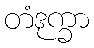
တံဒုက္ခာ